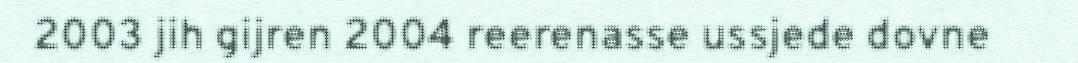
2003 jih gijren 2004 reerenasse ussjede dovne